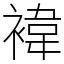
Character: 褘